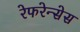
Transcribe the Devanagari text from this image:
रेफरेन्सेस